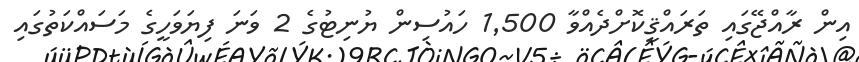
އިން ރާއްޖޭގައި ތަރައްޤީކޮށްދެއްވާ 1